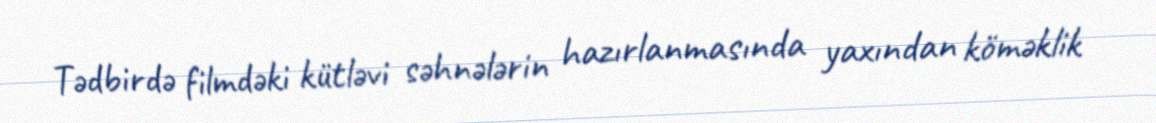
Tədbirdə filmdəki kütləvi səhnələrin hazırlanmasında yaxından köməklik